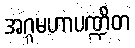
အဂ္ဂမဟာပဏ္ဍိတ